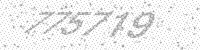
Solution: 775719